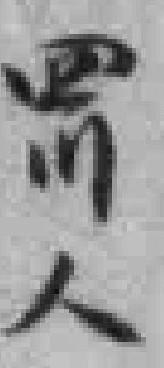
四川人